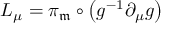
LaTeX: L _ { \mu } = \pi _ { \mathfrak { m } } \circ \left( g ^ { - 1 } \partial _ { \mu } g \right)